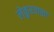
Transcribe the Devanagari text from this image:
लेकुरवाळा